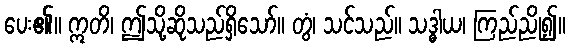
ပေး၏။ ဣတိ၊ ဤသို့ဆိုသည်ရှိသော်။ တွံ၊ သင်သည်။ သဒ္ဓါယ၊ ကြည်ညို၍။